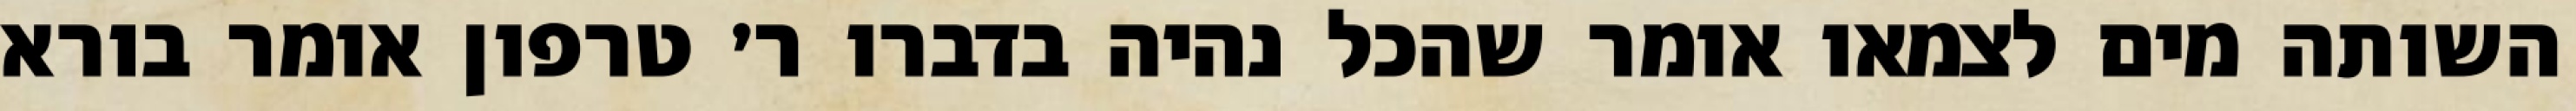
השותה מים לצמאו אומר שהכל נהיה בדברו ר׳ טרפון אומר בורא